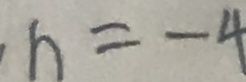
h = - 4